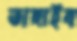
ভাঙ্গাইব